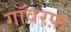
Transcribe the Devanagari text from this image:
गॉवरफ़